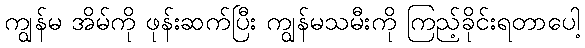
ကျွန်မ အိမ်ကို ဖုန်းဆက်ပြီး ကျွန်မသမီးကို ကြည့်ခိုင်းရတာပေါ့